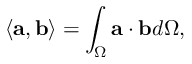
\langle \mathbf { a } , \mathbf { b } \rangle = \int _ { \Omega } \mathbf { a } \cdot \mathbf { b } d \Omega ,